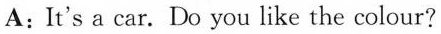
A:It's a car. Do you like the colour?